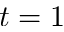
t = 1